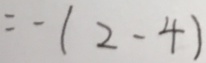
= - ( 2 - 4 )